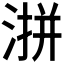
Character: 𪶜